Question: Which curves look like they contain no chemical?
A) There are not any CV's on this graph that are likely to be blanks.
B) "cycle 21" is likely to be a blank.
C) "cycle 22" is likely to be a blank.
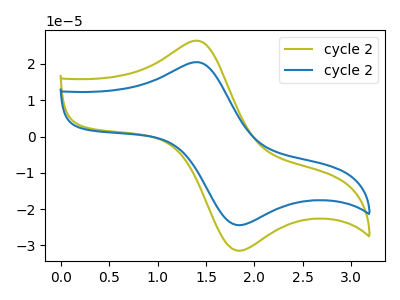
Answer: <think>The olive curve "cycle 21" has an anodic peak at (1.45V, 26.35uA) and a cathodic peak at (1.85V, -31.45uA). The blue curve "cycle 22" has an anodic peak at (1.45V, 20.45uA) and a cathodic peak at (1.85V, -24.45uA).</think>
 <answer>A) There are not any CV's on this graph that are likely to be blanks.</answer>
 <eval>A</eval>